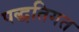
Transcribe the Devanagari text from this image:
पद्धतिगत